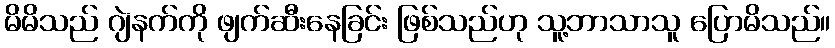
မိမိသည် ဂျဲနက်ကို ဖျက်ဆီးနေခြင်း ဖြစ်သည်ဟု သူ့ဘာသာသူ ပြောမိသည်။